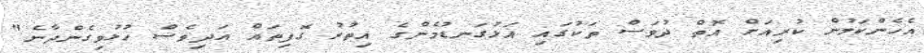
އެހެންކަމުން ކުރިއަށް އޮތް ދުވަސް ތަކުގައި އަޅުގަނޑުމެންގެ އިތުރު ގޮފިތައް އަދިވެސް ހުޅުވިގެންދާނެ"